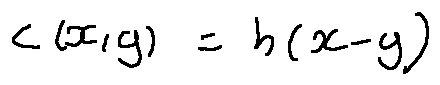
c ( x , y ) = h ( x - y )